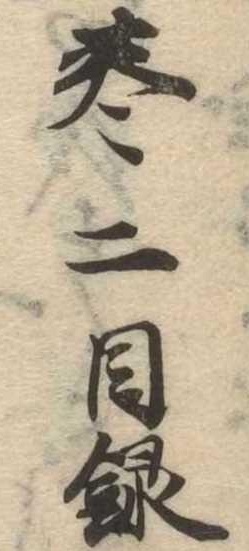
巻二目録